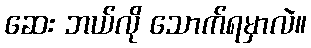
ဆေး ဘယ်လို သောက်ရမှာလဲ။